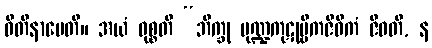
ဝီတိနာမေတိ။ အယံ ဝုစ္စတိ “ဘိက္ခု မုဏ္ဍကုဋုမ္ဗိကဇီဝိကံ ဇီဝတိ, န